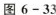
图6-33